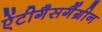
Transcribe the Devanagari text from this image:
ऐंटीगैसगैंग्रीन